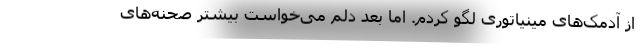
از آدمک‌های مینیاتوری لگو کردم. اما بعد دلم می‌خواست بیشتر صحنه‌های